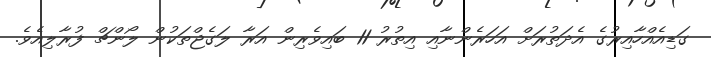
ގަޑިއެއްހާއިރުގެ އެދަތުރަށް އަހަރެންނާއި އިތުރު 11 ބައިވެރިން އަރާ ލަގެޖްތަކުން ލޯންޗް ފުރާލިއެވެ.